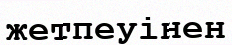
жетпеуінен